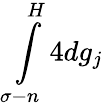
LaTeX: \int\limits_{\sigma-n}^{H}4dg_{j}